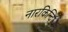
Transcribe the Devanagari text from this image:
नारकिन्दि